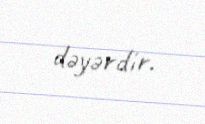
dəyərdir.